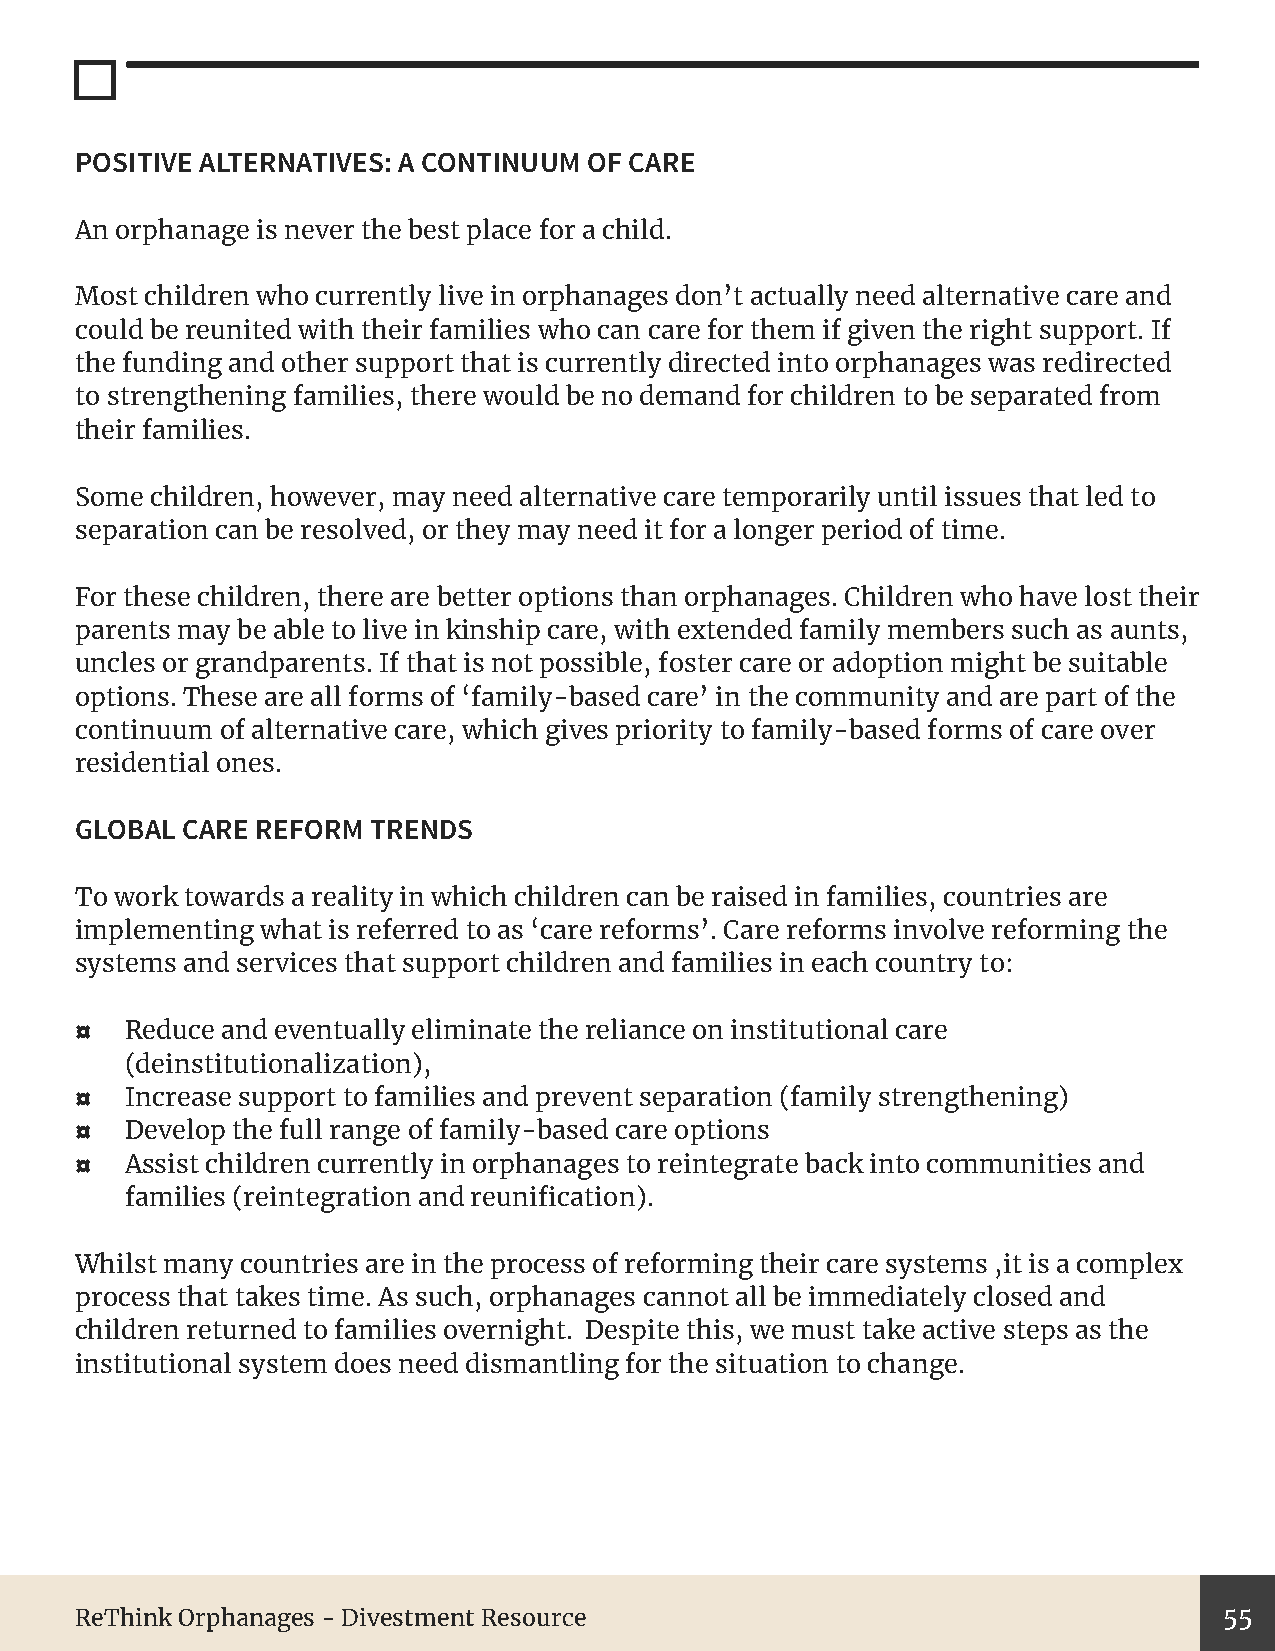
POSITIVE ALTERNATIVES: A CONTINUUM OF CARE
 An orphanage is never the best place for a child.
 Most children who currently live in orphanages don’t actually need alternative care and
 could be reunited with their families who can care for them if given the right support. If
 the funding and other support that is currently directed into orphanages was redirected
 to strengthening families, there would be no demand for children to be separated from
 their families.
 Some children, however, may need alternative care temporarily until issues that led to
 separation can be resolved, or they may need it for a longer period of time.
 For these children, there are better options than orphanages. Children who have lost their
 parents may be able to live in kinship care, with extended family members such as aunts,
 uncles or grandparents. If that is not possible, foster care or adoption might be suitable
 options. These are all forms of ‘family-based care’ in the community and are part of the
 continuum of alternative care, which gives priority to family-based forms of care over
 residential ones.
 GLOBAL CARE REFORM TRENDS
 To work towards a reality in which children can be raised in families, countries are
 implementing what is referred to as ‘care reforms’. Care reforms involve reforming the
 systems and services that support children and families in each country to:
 ¤  Reduce and eventually eliminate the reliance on institutional care
 (deinstitutionalization),
 ¤  Increase support to families and prevent separation (family strengthening)
 ¤  Develop the full range of family-based care options
 ¤  Assist children currently in orphanages to reintegrate back into communities and
 families (reintegration and reunification).
 Whilst many countries are in the process of reforming their care systems ,it is a complex
 process that takes time. As such, orphanages cannot all be immediately closed and
 children returned to families overnight. Despite this, we must take active steps as the
 institutional system does need dismantling for the situation to change.
 ReThink Orphanages - Divestment Resource                                    55